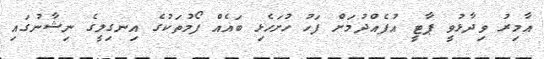
އާމިރު ވިދާޅުވީ ޕާޓީ އުފެއްދުމަށް ފަހު ހުށަހެޅި ބައެއް ފޯމުތަކުގެ އިނގިލީގެ ނިޝާނުގައި